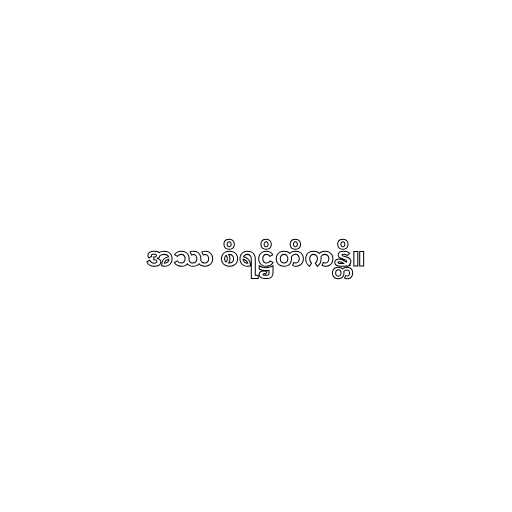
အဿ စိရဋ္ဌိတိကန္တိ။